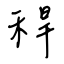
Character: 稈